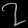
Digit: ၇